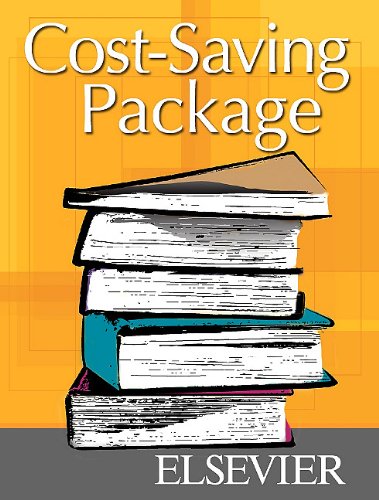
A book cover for Mosby's Textbook for Long-Term Care Nursing Assistants - Text and Workbook Package, 6e; Sheila A. Sorrentino PhD  RN; Medical Books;